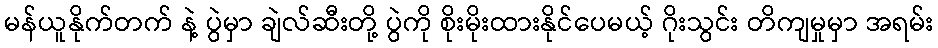
မန်ယူနိုက်တက် နဲ့ ပွဲမှာ ချဲလ်ဆီးတို့ ပွဲကို စိုးမိုးထားနိုင်ပေမယ့် ဂိုးသွင်း တိကျမှုမှာ အရမ်း